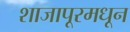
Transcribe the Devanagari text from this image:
शाजापूरमधून